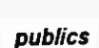
publics